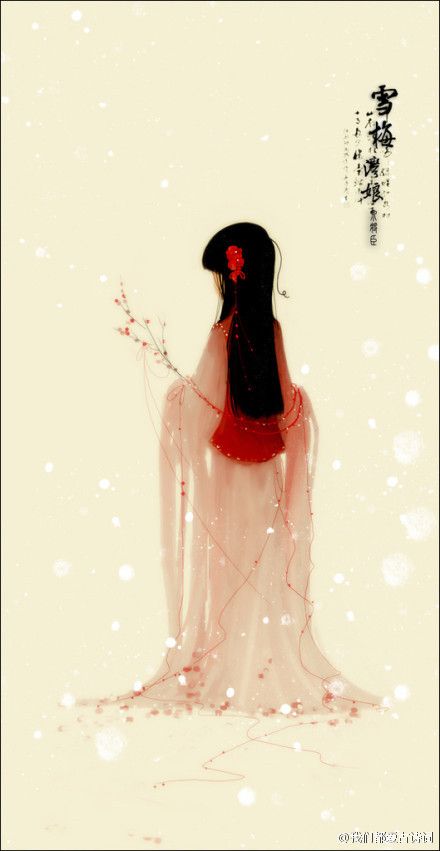
夜夜相思更漏残，伤心明月凭阑干，想君思我锦衾寒。